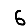
Digit: 6